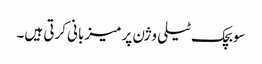
سوبچک ٹیلی وژن پر میزبانی کرتی ہیں۔